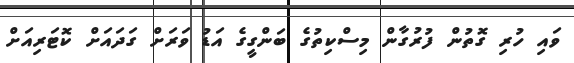
ވައި ހުރި ގޮތުން ފުރުގާން މިސްކިތުގެ ބަންގީގެ އަޑު ވަރަށް ގަދައަށް ކޮޓަރިއަށް